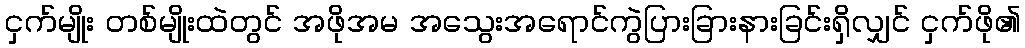
ငှက်မျိုး တစ်မျိုးထဲတွင် အဖိုအမ အသွေးအရောင်ကွဲပြားခြားနားခြင်းရှိလျှင် ငှက်ဖို၏